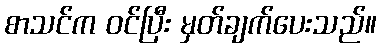
စာသင်က ဝင်ပြီး မှတ်ချက်ပေးသည်။